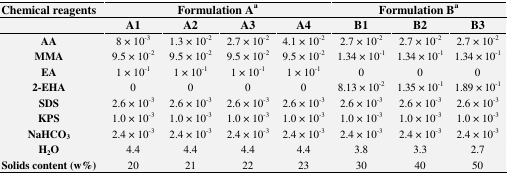
<table><thead><tr><td><b>Chemical reagents</b></td><td colspan="4"><b>Formulation Aa</b></td><td colspan="3"><b>Formulation Ba</b></td></tr><tr><td></td><td><b>A1</b></td><td><b>A2</b></td><td><b>A3</b></td><td><b>A4</b></td><td><b>B1</b></td><td><b>B2</b></td><td><b>B3</b></td></tr></thead><tbody><tr><td><b>AA</b></td><td>8 × 10<sup>−3</sup></td><td>1.3 × 10<sup>−2</sup></td><td>2.7 × 10<sup>−2</sup></td><td>4.1 × 10<sup>−2</sup></td><td>2.7 × 10<sup>−2</sup></td><td>2.7 × 10<sup>−2</sup></td><td>2.7 × 10<sup>−2</sup></td></tr><tr><td><b>MMA</b></td><td>9.5 × 10<sup>−2</sup></td><td>9.5 × 10<sup>−2</sup></td><td>9.5 × 10<sup>−2</sup></td><td>9.5 × 10<sup>−2</sup></td><td>1.34 × 10<sup>−1</sup></td><td>1.34 × 10<sup>−1</sup></td><td>1.34 × 10<sup>−1</sup></td></tr><tr><td><b>EA</b></td><td>1 × 10<sup>−1</sup></td><td>1 × 10<sup>−1</sup></td><td>1 × 10<sup>−1</sup></td><td>1 × 10<sup>−1</sup></td><td>0</td><td>0</td><td>0</td></tr><tr><td><b>2-EHA</b></td><td>0</td><td>0</td><td>0</td><td>0</td><td>8.13 × 10<sup>−2</sup></td><td>1.35 × 10<sup>−1</sup></td><td>1.89 × 10<sup>−1</sup></td></tr><tr><td><b>SDS</b></td><td>2.6 × 10<sup>−3</sup></td><td>2.6 × 10<sup>−3</sup></td><td>2.6 × 10<sup>−3</sup></td><td>2.6 × 10<sup>−3</sup></td><td>2.6 × 10<sup>−3</sup></td><td>2.6 × 10<sup>−3</sup></td><td>2.6 × 10<sup>−3</sup></td></tr><tr><td><b>KPS</b></td><td>1.0 × 10<sup>−3</sup></td><td>1.0 × 10<sup>−3</sup></td><td>1.0 × 10<sup>−3</sup></td><td>1.0 × 10<sup>−3</sup></td><td>1.0 × 10<sup>−3</sup></td><td>1.0 × 10<sup>−3</sup></td><td>1.0 × 10<sup>−3</sup></td></tr><tr><td><b>NaHCO</b><b>3</b></td><td>2.4 × 10<sup>−3</sup></td><td>2.4 × 10<sup>−3</sup></td><td>2.4 × 10<sup>−3</sup></td><td>2.4 × 10<sup>−3</sup></td><td>2.4 × 10<sup>−3</sup></td><td>2.4 × 10<sup>−3</sup></td><td>2.4 × 10<sup>−3</sup></td></tr><tr><td><b>H</b><b>2</b><b>O</b></td><td>4.4</td><td>4.4</td><td>4.4</td><td>4.4</td><td>3.8</td><td>3.3</td><td>2.7</td></tr><tr><td><b>Solids content (w%)</b></td><td>20</td><td>21</td><td>22</td><td>23</td><td>30</td><td>40</td><td>50</td></tr></tbody></table>